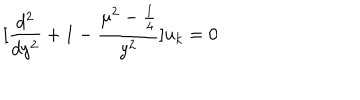
[ \frac { d ^ { 2 } } { d y ^ { 2 } } + 1 - \frac { \mu ^ { 2 } - \frac { 1 } { 4 } } { y ^ { 2 } } ] u _ { k } = 0